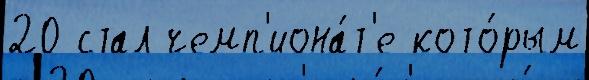
20 стал чемп'иона́т'е кото́рым